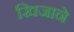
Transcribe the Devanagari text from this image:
खिजाने